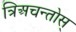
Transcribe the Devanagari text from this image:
त्रिअचन्तोस्